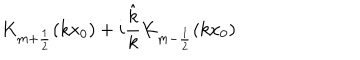
LaTeX: K _ { m + \frac 1 2 } ( k x _ { 0 } ) + i \frac { \hat { k } } { k } K _ { m - \frac 1 2 } ( k x _ { 0 } )